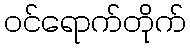
ဝင်ရောက်တိုက်